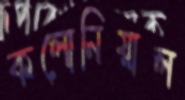
কলোনিয়াল